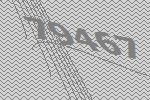
79467